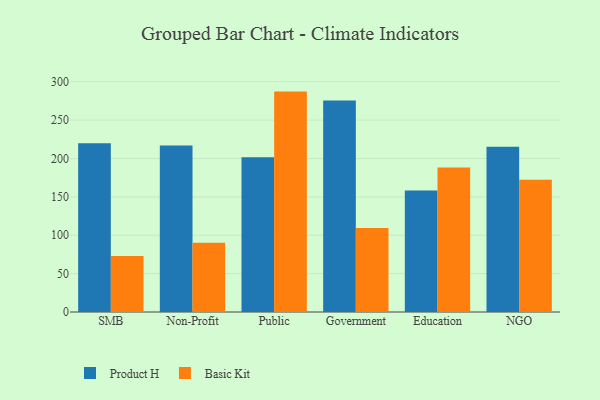
{"axis": {"x": "Segment", "y": "Net Income (USD K)"}, "legend": ["Basic Kit", "Product H"], "data": [{"x": "SMB", "y": 220.0, "type": "Product H"}, {"x": "SMB", "y": 73.0, "type": "Basic Kit"}, {"x": "Non-Profit", "y": 217.1, "type": "Product H"}, {"x": "Non-Profit", "y": 90.2, "type": "Basic Kit"}, {"x": "Public", "y": 201.6, "type": "Product H"}, {"x": "Public", "y": 287.2, "type": "Basic Kit"}, {"x": "Government", "y": 275.5, "type": "Product H"}, {"x": "Government", "y": 109.5, "type": "Basic Kit"}, {"x": "Education", "y": 158.2, "type": "Product H"}, {"x": "Education", "y": 188.4, "type": "Basic Kit"}, {"x": "NGO", "y": 215.2, "type": "Product H"}, {"x": "NGO", "y": 172.3, "type": "Basic Kit"}]}